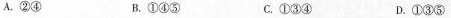
A. ②④ B. ①④⑤ C. ①③④ D. ①③⑤